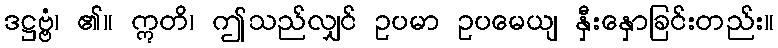
ဒဋ္ဌဗ္ဗံ၊ ၏။ ဣတိ၊ ဤသည်လျှင် ဥပမာ ဥပမေယျ နှီးနှောခြင်းတည်း။